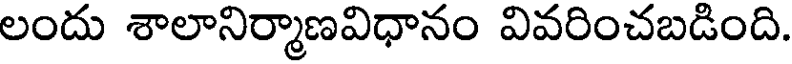
లందు శాలానిర్మాణవిధానం వివరించబడింది.